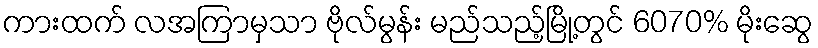
ကားထက် လအကြာမှသာ ဗိုလ်မွန်း မည်သည့်မြို့တွင် 6070% မိုးဆွေ